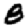
Digit: 8